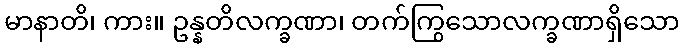
မာနာတိ၊ ကား။ ဥန္နတိလက္ခဏာ၊ တက်ကြွသောလက္ခဏာရှိသော